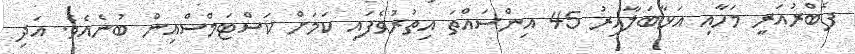
ފެބްރުއަރީ މަހާއި އަޅާބަލާއިރު 45 އިންސައްތަ އިތުރުވެފައި ކަމަށް ކަސްޓަމްސްއިން ބުނެއެވެ. އަދި